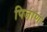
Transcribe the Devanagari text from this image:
पिजाण